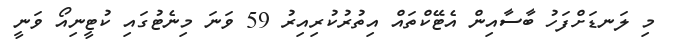
މި ލަނޑަށްފަހު ބާސާއިން އެޓޭކްތައް އިތުރުކުރިއިރު 59 ވަނަ މިނެޓުގައި ކުޓީނިއޯ ވަނީ